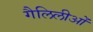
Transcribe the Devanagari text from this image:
गैलिलीओं